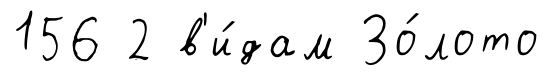
156 2 в'и́дам Зо́лото